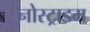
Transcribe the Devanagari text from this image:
नोस्ट्राडम